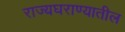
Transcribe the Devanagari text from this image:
राज्यघराण्यातील